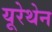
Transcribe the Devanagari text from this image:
यूरेथेन